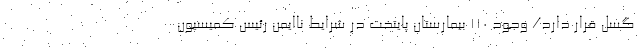
گسل قرار دارد/ وجود ۱۱۰ بیمارستان پایتخت در شرایط ناایمن رئیس کمیسیون